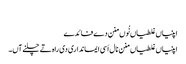
‏
اپنیاں غلطیاں نُوں منن دے فائدے
اپنیاں غلطیاں منن نال اَسی ایمانداری دی راہ تے چلنے آں۔